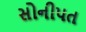
સોનીપત